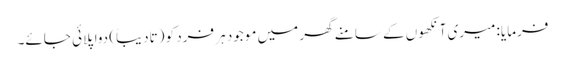
فرمایا: میری آنکھوں کے سامنے گھر میں موجود ہر فرد کو (تادیباً) دوا پلائی جائے۔